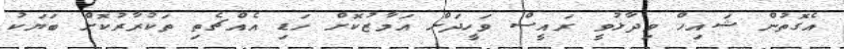
އެގޮތުން ޝައިހް ވިދާޅުވީ ރައީސް ވަހީދަށް އަމާޒުކޮށް ހަޑި އެއްޗެތި ތަކުރާރުކޮށް ބަޔަކު